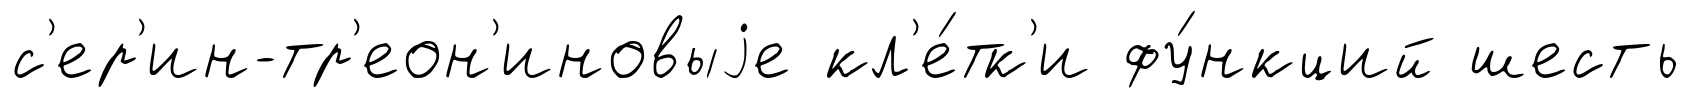
с'ер'ин-тр'еон'иновыjе кл'е́тк'и фу́нкций шесть